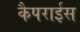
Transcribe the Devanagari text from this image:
कैपराईस